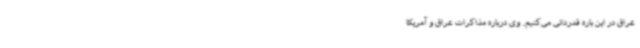
عراق در این باره قدردانی می‌کنیم. وی درباره مذاکرات عراق و آمریکا